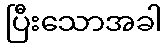
ပြီးသောအခါ